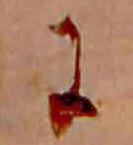
に